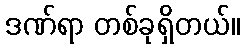
ဒဏ်ရာ တစ်ခုရှိတယ်။